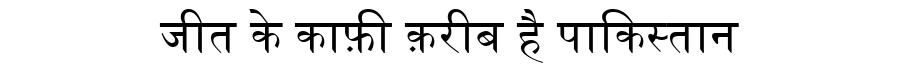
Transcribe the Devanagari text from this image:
जीत के काफ़ी क़रीब है पाकिस्तान